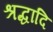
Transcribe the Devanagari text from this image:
श्रद्धादि